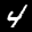
Label: 4